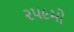
૨૫૯મો